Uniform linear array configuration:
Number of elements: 12
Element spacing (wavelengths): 0.75
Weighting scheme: hamming
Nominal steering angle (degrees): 15
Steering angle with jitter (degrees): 14.334
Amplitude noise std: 0.05
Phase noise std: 0.05

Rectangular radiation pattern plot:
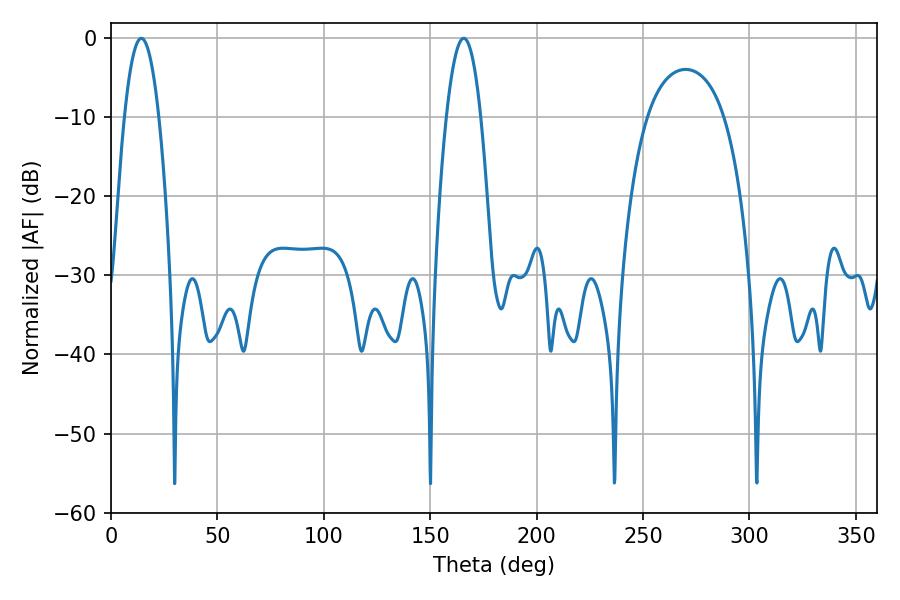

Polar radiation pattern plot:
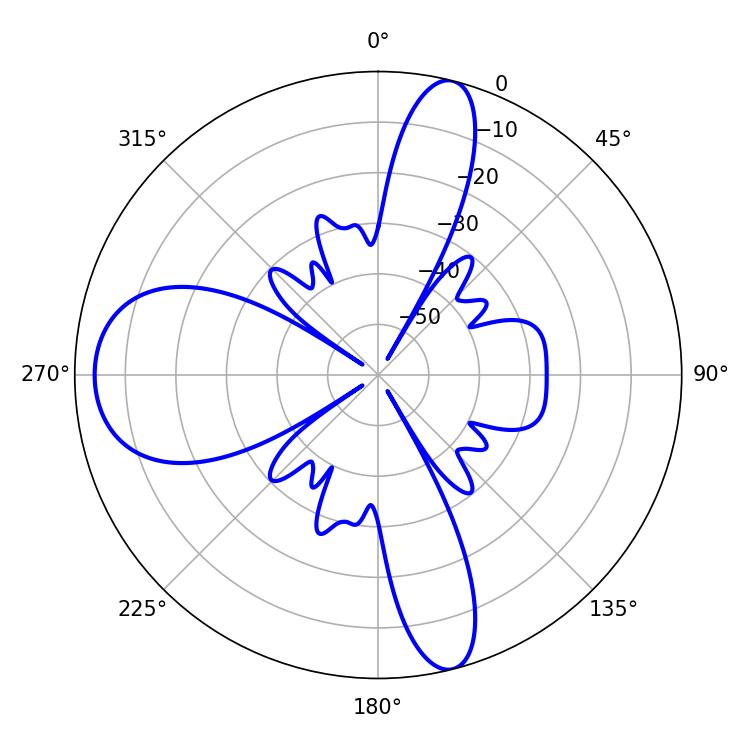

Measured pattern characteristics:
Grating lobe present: TRUE
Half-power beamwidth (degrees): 8.82
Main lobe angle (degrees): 14.22